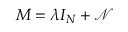
M = \lambda I _ { N } + \mathcal { N }